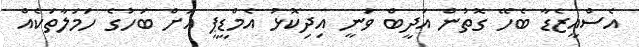
އެސްއީޒެޑާ ބެހޭ ގޮތުން އަދީބް ވަނީ އިދިކޮޅު އެމްޑީޕީ އަށް ބަހުގެ ހަމަލާތަކެއް